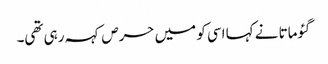
گئوماتا نے کہا اسی کو میں حرص کہہ رہی تھی۔